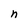
Character: n